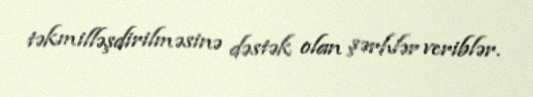
təkmilləşdirilməsinə dəstək olan şərhlər veriblər.